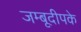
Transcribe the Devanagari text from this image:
जम्बूदीपके